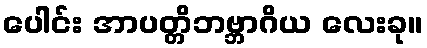
ပေါင်း အာပတ္တိဘဗ္ဘာဂိယ လေးခု။